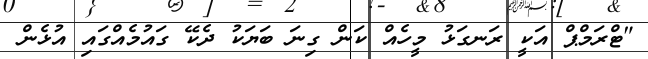
"ޓްރަމްޕް އަކީ ރަނގަޅު މީހެއް ކަން ގިނަ ބަޔަކު ދެކޭ ގައުމެއްގައި އުޅެން